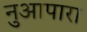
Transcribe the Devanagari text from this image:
नुआपारा